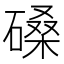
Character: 磉